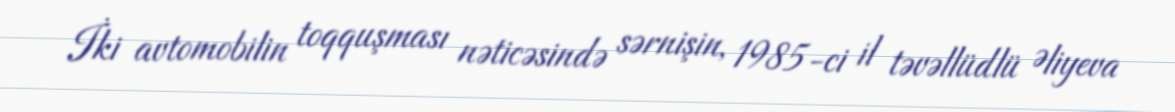
İki avtomobilin toqquşması nəticəsində sərnişin, 1985-ci il təvəllüdlü Əliyeva